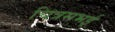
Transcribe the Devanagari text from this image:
चित्रसभई